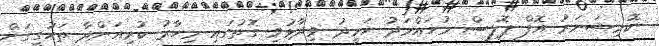
ކޮމިޝަނަރު އޮފް ޕޮލިސް މުހައްމަދު ހަމީދު ވިދާޅުވި ގޮތުގައި މިހާރު ކުރިއަށްދާ ތަހުގީގަށް